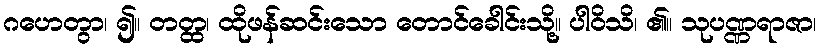
ဂဟေတွာ၊ ၍။ တတ္ထ၊ ထိုဖန်ဆင်းသော တောင်ခေါင်းသို့။ ပါဝိသိ၊ ၏။ သုပဏ္ဏရာဇာ၊